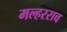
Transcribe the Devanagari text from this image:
मल्हरराव